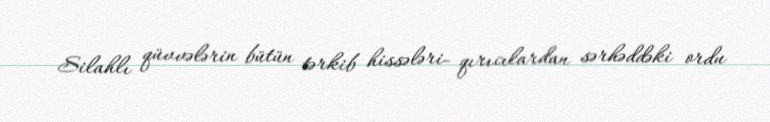
Silahlı qüvvələrin bütün tərkib hissələri- qırıcılardan sərhəddəki ordu